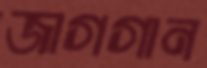
জাগগান